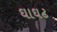
ઘાઘટ